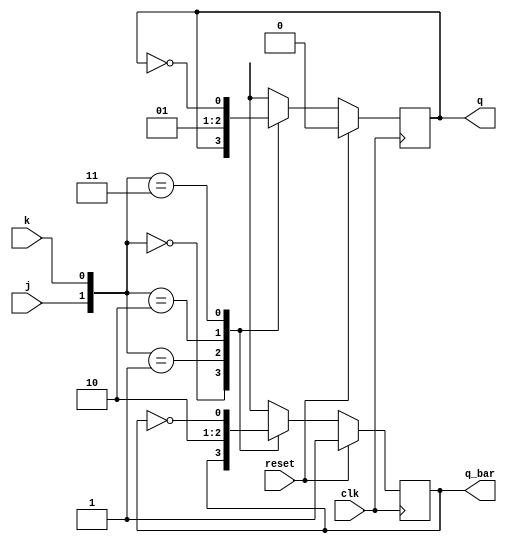

module JK_ff(j,k,clk,reset,q,q_bar);

input j,k,clk,reset;
output q,q_bar;

wire j,k,clk,reset;
reg q,q_bar;

always @(posedge clk) begin

if(reset) begin
q=1'b0;
q_bar=1'b1;

end else begin

case({j,k})
{1'b0,1'b0}: begin q=q;q_bar=q_bar; end
{1'b0,1'b1}: begin q=1'b0;q_bar=1'b1; end
{1'b1,1'b0}: begin q=1'b1;q_bar=1'b0; end
{1'b1,1'b1}: begin q=~q; q_bar=~q_bar; end
endcase
end
end
endmodule

module JK_ff_tb;
reg clk;reg reset;reg j,k;
  wire q; wire qb;

JK_ff jkflipflop( .clk(clk), .reset(reset), .j(j), .k(k), .q(q), .q_bar(qb) );

initial begin
$monitor(clk,j,k,q,qb,reset);

j = 1'b0;
k = 1'b0;
reset = 1;
clk=1;

#10 
reset=0;
j=1'b1;
k=1'b0;

#100
reset=0;
j=1'b0;
k=1'b1;

#100
reset=0;
j=1'b1;
k=1'b1;

#100
reset=0;
j=1'b0;
k=1'b0;

#100
reset=1;
j=1'b1;
k=1'b0;

end
always #25 clk <= ~clk;

endmodule

// check image here   https://github.com/prodhan2/DSD_verilog/blob/main/images/JK_ff_waveform.png